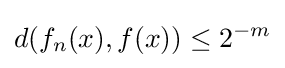
d(f_{n}(x),f(x))\leq 2^{-m}